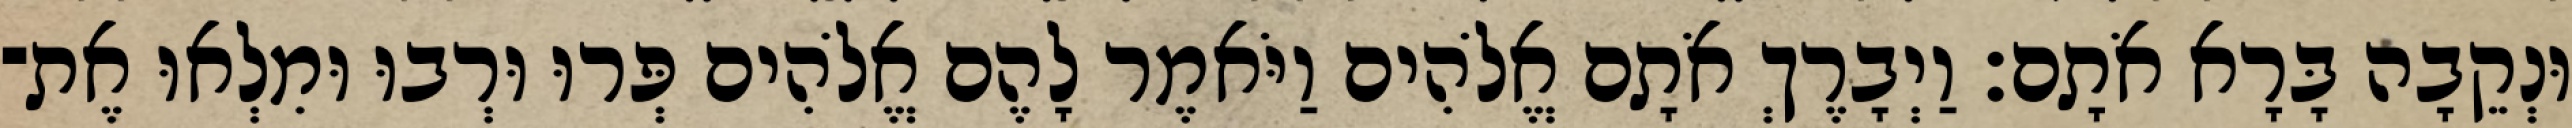
וּנְקֵבָה בָּרָא אֹתָם׃ וַיְבָרֶךְ אֹתָם אֱלֹהִים וַיֹּאמֶר לָהֶם אֱלֹהִים פְּרוּ וּרְבוּ וּמִלְאוּ אֶת־